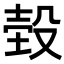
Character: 𣪝